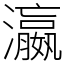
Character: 瀛